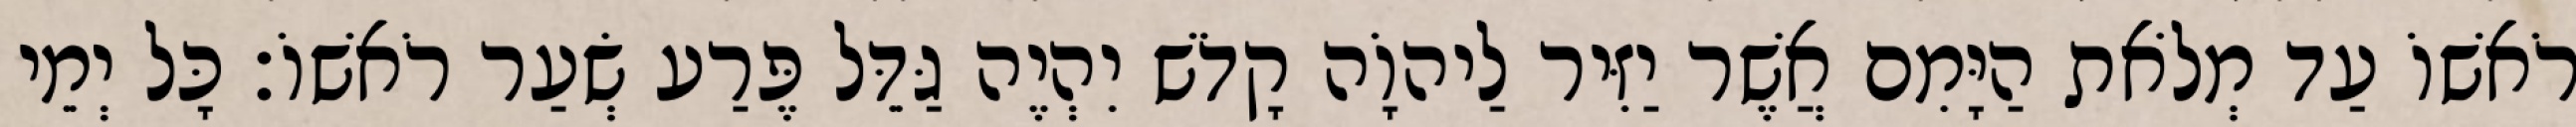
רֹאשׁוֹ עַד מְלֹאת הַיָּמִם אֲשֶׁר יַזִּיר לַיהוָֹה קָדֹשׁ יִהְיֶה גַּדֵּל פֶּרַע שְׂעַר רֹאשׁוֹ׃ כָּל יְמֵי